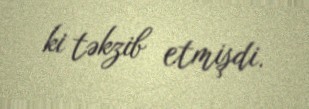
ki təkzib etmişdi.